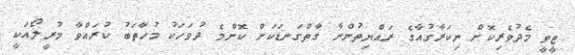
ޓީވީ މެދުވެރިކޮށް ނިކަރާގުއާގެ ރައްޔިތުންނާ ގާތްގަނޑަކަށް ކޮންމެ ދުވަހަކު މުހާތަބު ކުރައްވާ މުރީލޯއަކީ